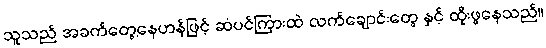
သူသည် အခက်တွေ့နေဟန်ဖြင့် ဆံပင်ကြားထဲ လက်ချောင်းတွေ နှင့် ထိုးဖွနေသည်။